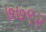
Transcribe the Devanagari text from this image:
७७९२